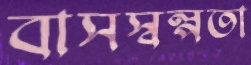
বাসস্বল্পতা